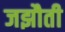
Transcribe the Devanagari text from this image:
जझौती